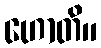
ဟောတိ။